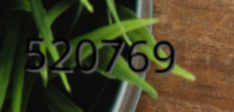
520769